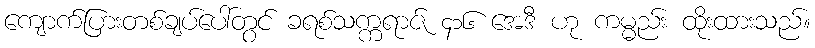
ကျောက်ပြားတစ်ချပ်ပေါ်တွင် ခရစ်သက္ကရာဇ် ၄၁၆ အေဒီ ဟု ကမ္မည်း ထိုးထားသည်။